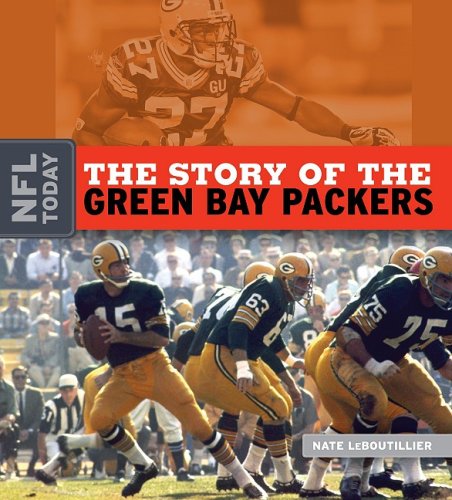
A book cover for The Story of the Green Bay Packers (The NFL Today); Nate Leboutillier; Teen & Young Adult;